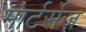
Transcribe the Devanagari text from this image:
मार्टर्सेज़